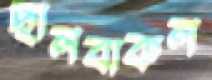
ছালবাকল